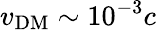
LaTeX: v_{\mathrm{DM}}\sim 10^{-3}c